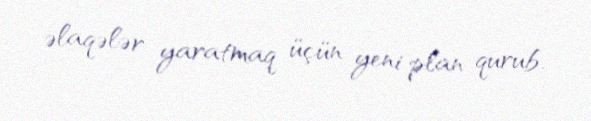
əlaqələr yaratmaq üçün yeni plan qurub.